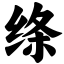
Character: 绦